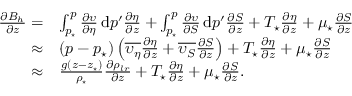
\begin{array} { r l } { \frac { \partial B _ { h } } { \partial z } = } & { \int _ { p _ { \star } } ^ { p } \frac { \partial \upsilon } { \partial \eta } \, \mathrm { d } p ^ { \prime } \frac { \partial \eta } { \partial z } + \int _ { p _ { \star } } ^ { p } \frac { \partial \upsilon } { \partial S } \, \mathrm { d } p ^ { \prime } \frac { \partial S } { \partial z } + T _ { \star } \frac { \partial \eta } { \partial z } + \mu _ { \star } \frac { \partial S } { \partial z } } \\ { \approx } & { ( p - p _ { \star } ) \left( \overline { { \upsilon _ { \eta } } } \frac { \partial \eta } { \partial z } + \overline { { \upsilon _ { S } } } \frac { \partial S } { \partial z } \right) + T _ { \star } \frac { \partial \eta } { \partial z } + \mu _ { \star } \frac { \partial S } { \partial z } } \\ { \approx } & { \frac { g ( z - z _ { \star } ) } { \rho _ { \star } } \frac { \partial \rho _ { l r } } { \partial z } + T _ { \star } \frac { \partial \eta } { \partial z } + \mu _ { \star } \frac { \partial S } { \partial z } . } \end{array}